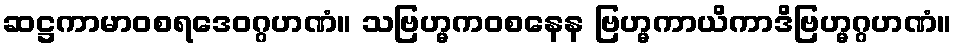
ဆဋ္ဌကာမာဝစရဒေဝဂ္ဂဟဏံ။ သဗြဟ္မကဝစနေန ဗြဟ္မကာယိကာဒိဗြဟ္မဂ္ဂဟဏံ။